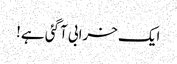
ایک خرابی آگئی ہے!